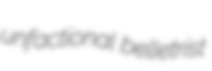
unfactional belletrist